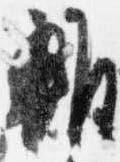
雑